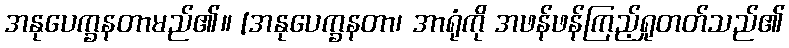
အနုပေက္ခနတာမည်၏။ [အနုပေက္ခနတာ၊ အာရုံကို အဖန်ဖန်ကြည့်ရှုတတ်သည်၏